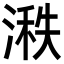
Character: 𪶵